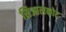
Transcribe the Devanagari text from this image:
सिआलकोट